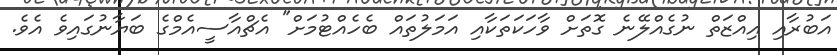
އަބުރާއި އިއްޒަތް ނުގެއްލޭނެ ގޮތަށް ވާހަކަތަކާއި އަމަލުތައް ބެހެއްޓުމަށް" އެޗްއާސީއެމްގެ ބަޔާނުގައިވެ އެވެ.